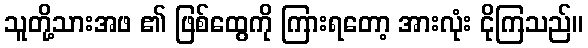
သူတို့သားအဖ ၏ ဖြစ်ထွေကို ကြားရတော့ အားလုံး ငိုကြသည်။